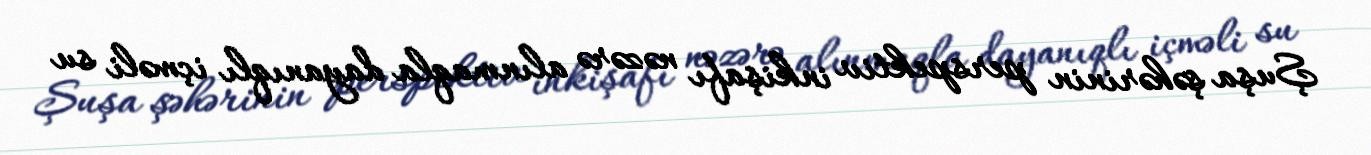
Şuşa şəhərinin perspektiv inkişafı nəzərə alınmaqla dayanıqlı içməli su